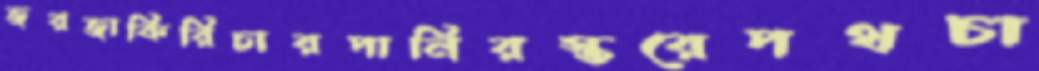
জরজাকিরিচারপানিরস্তরেপথচা